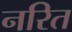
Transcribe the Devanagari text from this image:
नरित